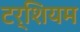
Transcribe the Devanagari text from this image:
टर्शियम